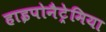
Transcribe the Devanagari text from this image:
हाइपोनैट्रेमिया